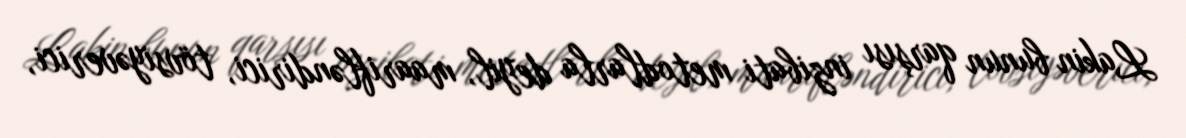
Lakin bunun qarşısı inzibati metodlarla deyil, maarifləndirici, tövsiyəverici,